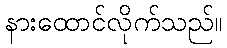
နားထောင်လိုက်သည်။